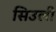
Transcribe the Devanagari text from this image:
सिउली